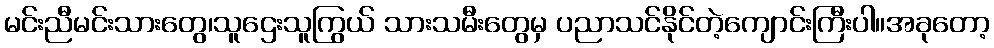
မင်းညီမင်းသားတွေ၊သူဌေးသူကြွယ် သားသမီးတွေမှ ပညာသင်နိုင်တဲ့ကျောင်းကြီးပါ။အခုတော့